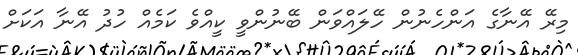
މިރޭ އޭނާގެ އަންހެނުން ހޭލައްވަން ބޭނުންވީ ކީއްވެ ކަމެއް ހުދު އޭނާ އަކަށް